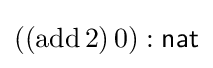
((\mathrm {add} \,2)\,0):{\textsf {nat}}